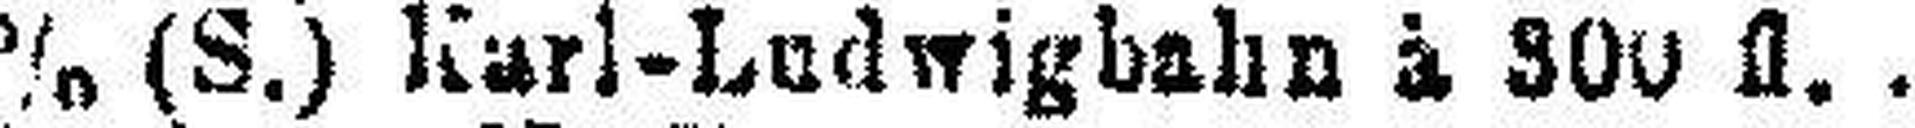
3% (S.) Karl-Ludwigbahn à 300 fl.